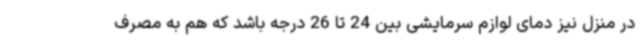
در منزل نیز دمای لوازم سرمایشی بین 24 تا 26 درجه باشد که هم به مصرف